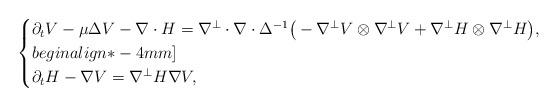
LaTeX: \begin{align*}\begin{cases}\partial_tV-\mu\Delta V-\nabla\cdot H=\nabla^\perp\cdot\nabla\cdot \Delta^{-1}\big(-\nabla^\perp V\otimes\nabla^\perp V+\nabla^\perp H\otimes\nabla^\perp H \big), \\begin{align*}-4mm]\\\partial_t H -\nabla V=\nabla^\perp H\nabla V, \\\end{cases}\end{align*}